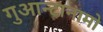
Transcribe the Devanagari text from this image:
गुआन्टानामो